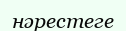
нәрестеге